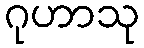
ဂုဟာသု